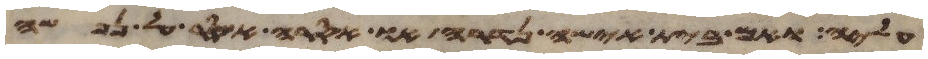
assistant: עליה ואם בית אישה נדרה או אסרה אסר על נפשה